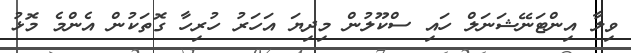
ވިލާ އިންޓަނޭޝަނަލް ހައި ސްކޫލުން މިދިޔަ އަހަރު ހުރިހާ ގޮތަކުން އެންމެ މޮޅު